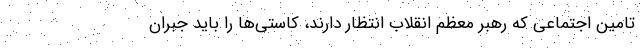
تامین اجتماعی که رهبر معظم انقلاب انتظار دارند، کاستی‌ها را باید جبران